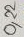
Text: 0,22